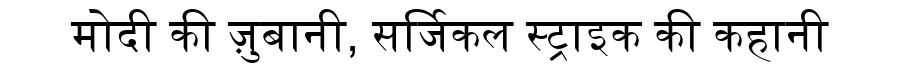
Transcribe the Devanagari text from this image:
मोदी की ज़ुबानी, सर्जिकल स्ट्राइक की कहानी